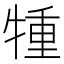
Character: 𤚏